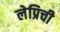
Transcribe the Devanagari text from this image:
लेप्रिची